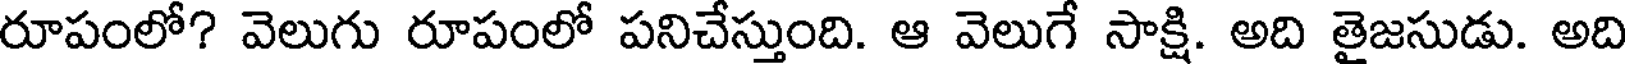
రూపంలో? వెలుగు రూపంలో పనిచేస్తుంది. ఆ వెలుగే సాక్షి. అది తైజసుడు. అది